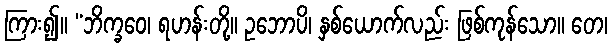
ကြား၍။ “ဘိက္ခဝေ၊ ရဟန်းတို့။ ဥဘောပိ၊ နှစ်ယောက်လည်း ဖြစ်ကုန်သော။ တေ၊